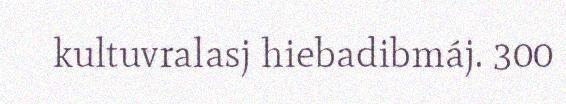
kultuvralasj hiebadibmáj. 300